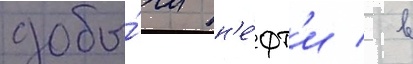
добы́чи н'е́фт'и / в